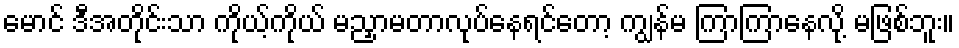
မောင် ဒီအတိုင်းသာ ကိုယ့်ကိုယ် မညှာမတာလုပ်နေရင်တော့ ကျွန်မ ကြာကြာနေလို့ မဖြစ်ဘူး။